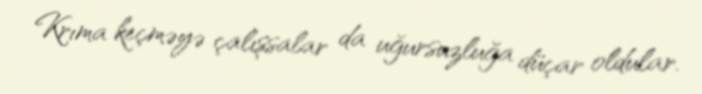
Krıma keçməyə çalışsalar da uğursuzluğa düçar oldular.